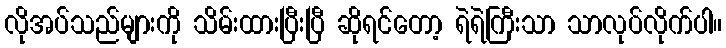
လိုအပ်သည်များကို သိမ်းထားပြီးပြီ ဆိုရင်တော့ ရဲရဲကြီးသာ သာလုပ်လိုက်ပါ။